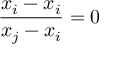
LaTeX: { \frac { x _ { i } - x _ { i } } { x _ { j } - x _ { i } } } = 0